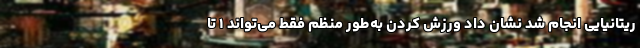
ریتانیایی انجام شد نشان داد ورزش کردن به‌طور منظم فقط می‌تواند ۱ تا